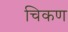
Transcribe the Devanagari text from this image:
चिकण